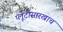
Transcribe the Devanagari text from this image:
प्लूटोसारखाच